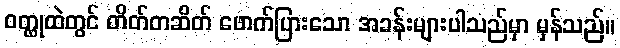
ဝတ္ထုထဲတွင် တိတ်တဆိတ် ဖောက်ပြားသော အခန်းများပါသည်မှာ မှန်သည်။